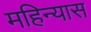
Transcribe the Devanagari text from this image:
महिन्यास